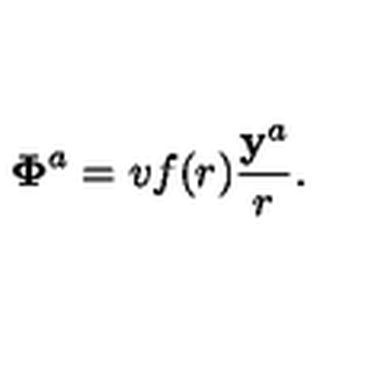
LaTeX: { \bf \Phi } ^ { a } = v f ( r ) \frac { { \bf y } ^ { a } } { r } .